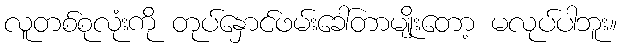
လူတစ်စုလုံးကို တုပ်နှောင်ဖမ်းခေါ်တာမျိုးတော့ မလုပ်ပါဘူး။